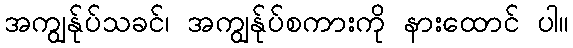
အကျွန်ုပ်သခင်၊ အကျွန်ုပ်စကားကို နားထောင် ပါ။